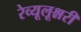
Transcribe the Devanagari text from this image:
रेव्यूलूश्नरी